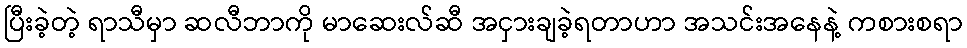
ပြီးခဲ့တဲ့ ရာသီမှာ ဆလီဘာကို မာဆေးလ်ဆီ အငှားချခဲ့ရတာဟာ အသင်းအနေနဲ့ ကစားစရာ